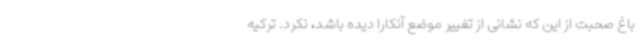
باغ صحبت از این که نشانی از تغییر موضع آنکارا دیده باشد، نکرد. ترکیه